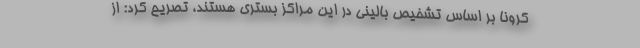
کرونا بر اساس تشخیص بالینی در این مراکز بستری هستند، تصریح کرد: از